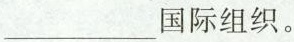
___国际组织。